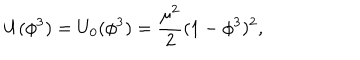
U ( \phi ^ { 3 } ) = U _ { 0 } ( \phi ^ { 3 } ) = \frac { \mu ^ { 2 } } { 2 } ( 1 - \phi ^ { 3 } ) ^ { 2 } ,